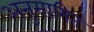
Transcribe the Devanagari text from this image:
अनुमामित